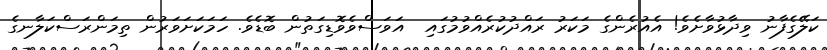
ކަލޭގެފާނު ވިދާޅުވާށެވެ! އެއުރެންގެ މަކަރު ރައްދުކުރެއްވުމުގައި  އަވަސްވެވޮޑިގަތުން ބޮޑެވެ. ހަމަކަށަވަރުން ތިމަންރަސްކަލާނގެ